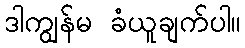
ဒါကျွန်မ ခံယူချက်ပါ။